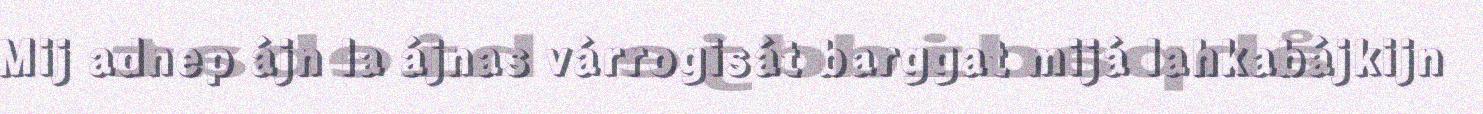
Mij adnep ájn la ájnas várrogisát barggat mijá lahkabájkijn